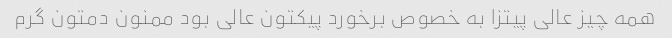
همه چیز عالی پیتزا به خصوص برخورد پیکتون عالی بود ممنون دمتون گرم